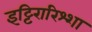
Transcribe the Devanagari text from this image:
इट्टिरारिश्शा